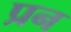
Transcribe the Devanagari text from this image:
प्रन